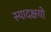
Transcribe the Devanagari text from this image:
स्यादक्षयो